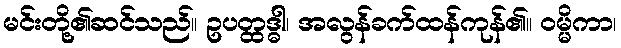
မင်းတို့၏ဆင်သည်။ ဥပတ္ထဒ္ဓါ၊ အလွန်ခက်ထန်ကုန်၏။ ဝမ္မိကာ၊